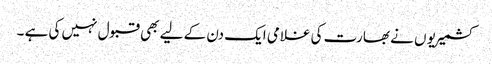
کشمیریو ں نے بھارت کی غلامی ایک دن کے لیے بھی قبول نہیں کی ہے ۔